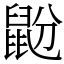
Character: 鼢